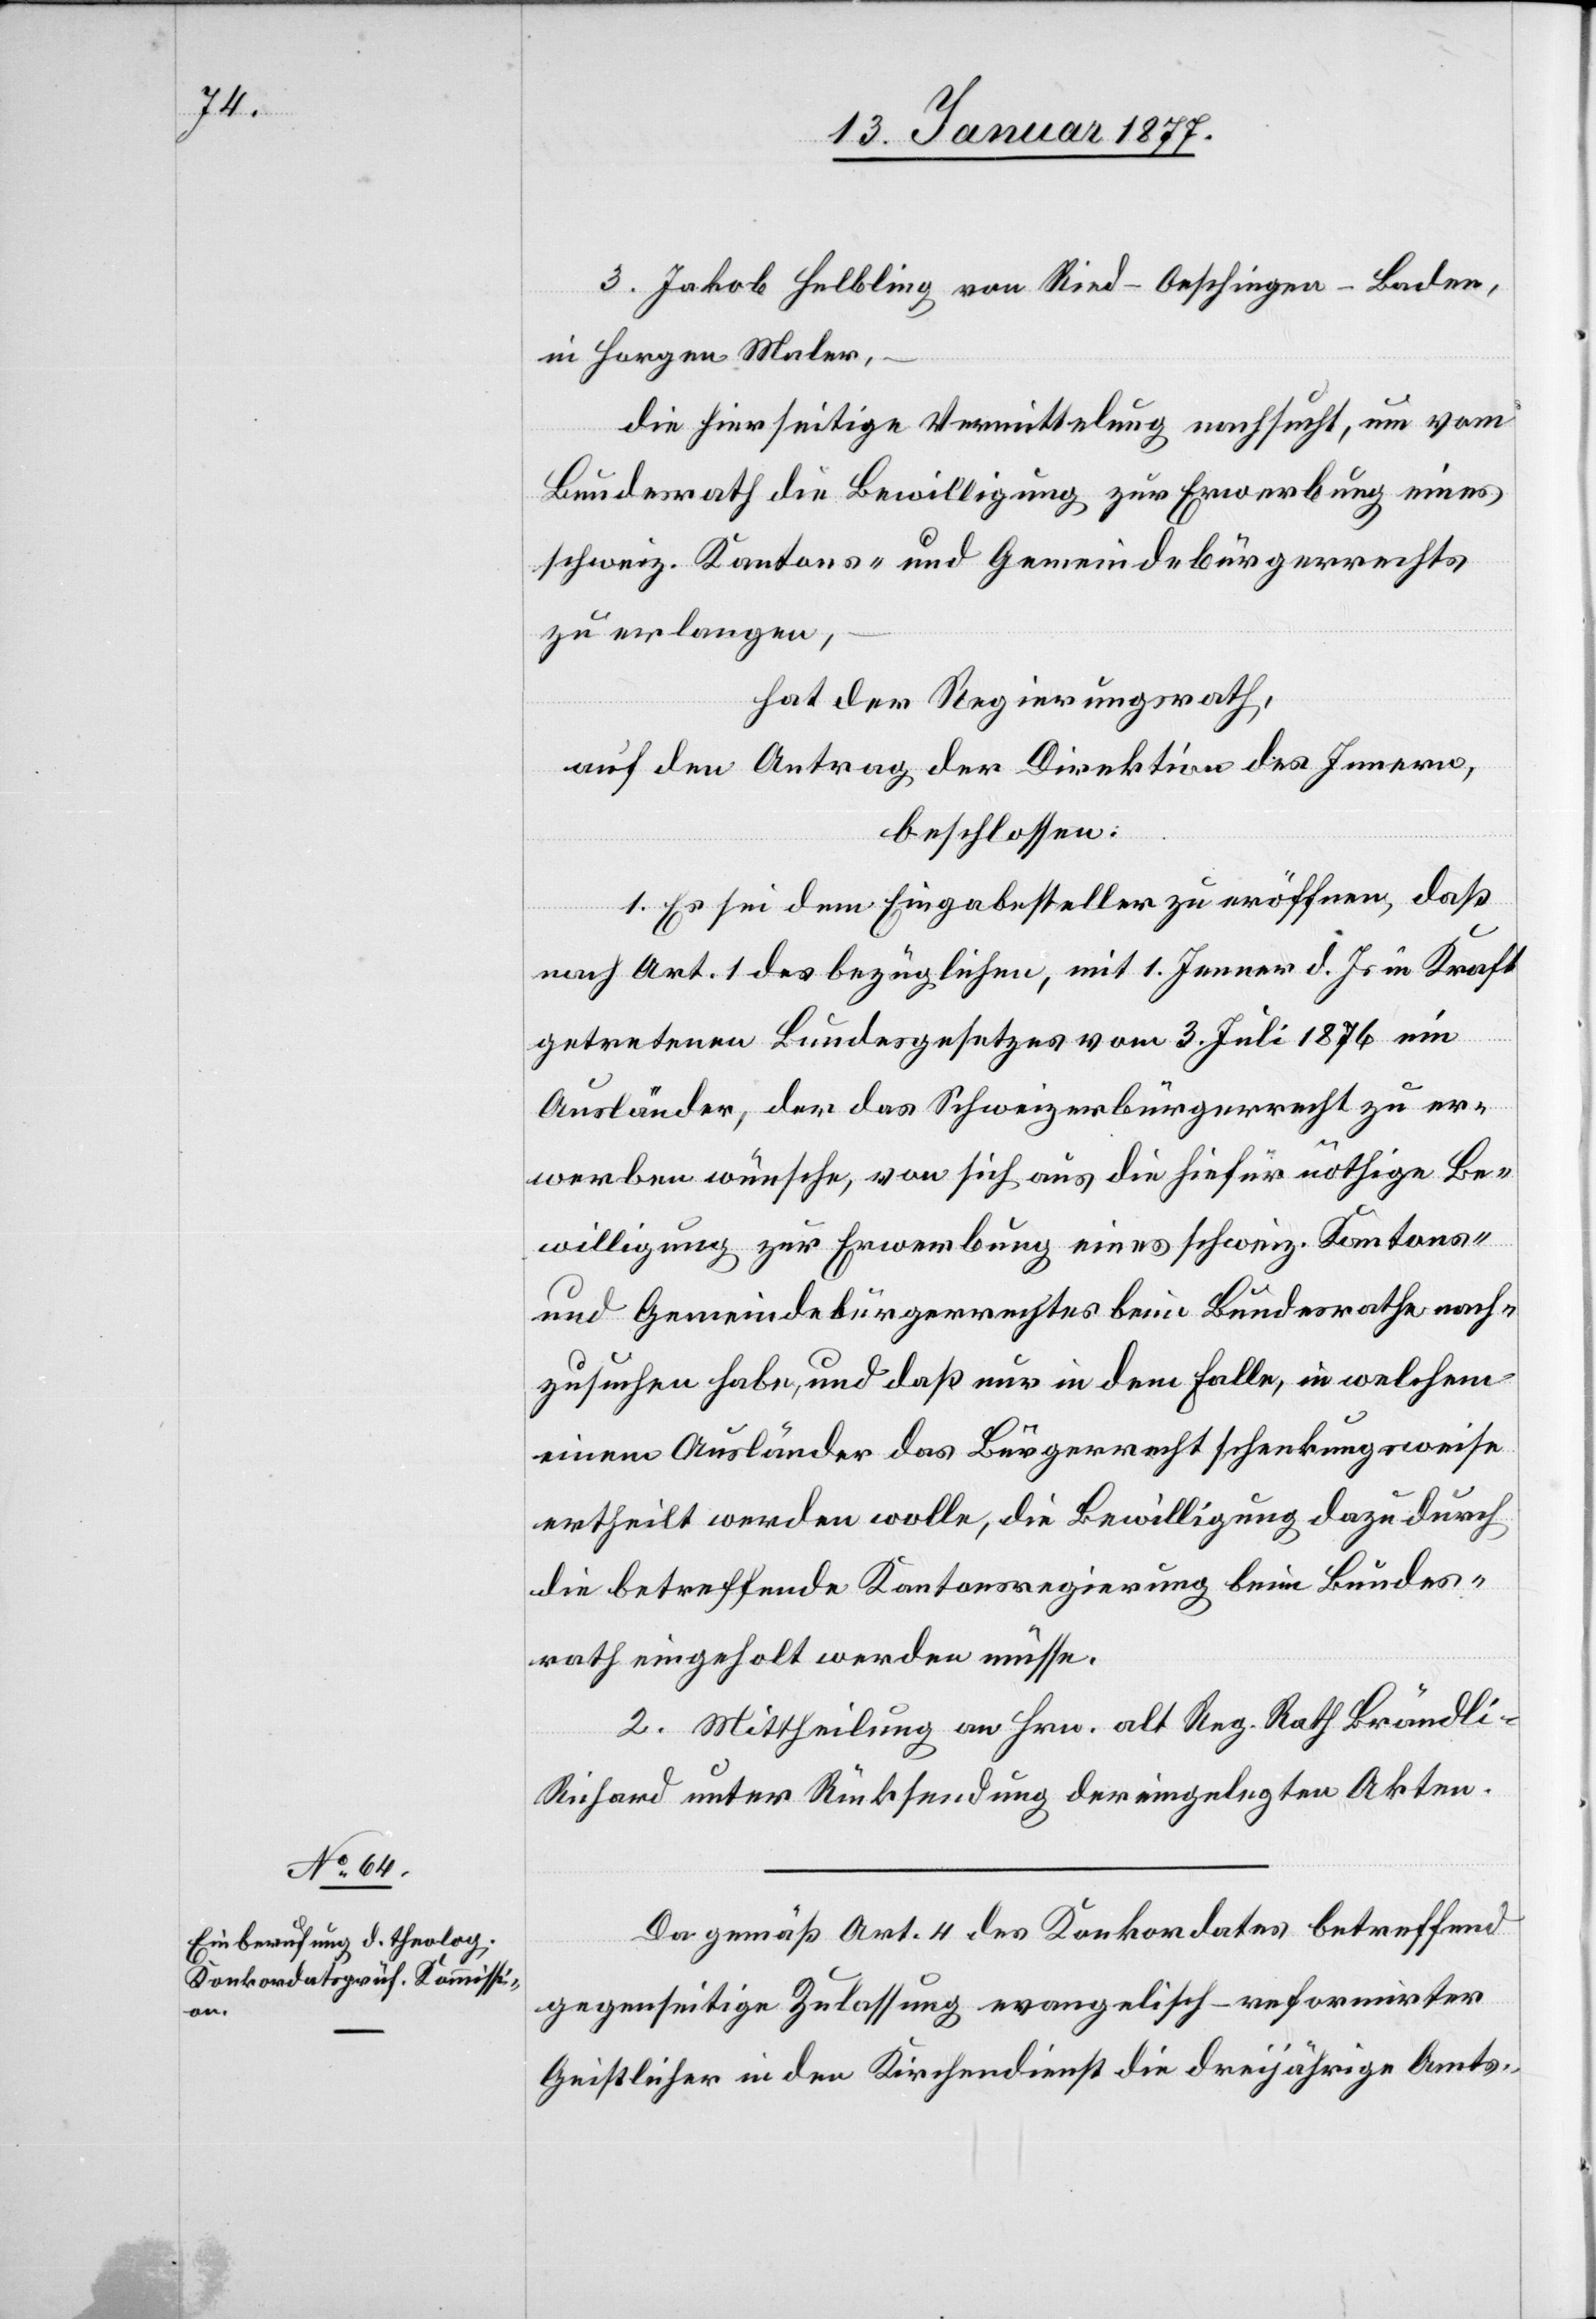
13. Januar 1877.]
3. Jakob Helbling von Ried-Oeschingen - Baden,
in Horgen Maler,
die hierseitige Vermittelung ersucht, um vom
Bundesrath die Bewilligung zur Erwerbung eines
schweiz. Kantons- und Gemeindebürgerrechts
zu erlangen,
hat der Regierungsrath,
auf den Antrag der Direktion des Innern,
beschlossen:
1. Es sei dem Eingabesteller zu eröffnen, daß
nach Art. 1 des bezüglichen, mit 1. Januar d. Js. in Kraft
getretenen Bundesgesetzes vom 3. Juli 1876 ein
Ausländer, der das Schweizerbürgerrecht zu er¬
werben wünsche, von sich aus die hiefür nöthige Be¬
willigung zur Erwerbung eines schweiz. Kantons-
und Gemeindebürgerrechtes beim Bundesrathe nach¬
zusuchen habe, und daß nur in dem Falle, in welchem
einem Ausländer das Bürgerrecht schenkungsweise
ertheilt werden wolle, die Bewilligung dazu durch
die betreffende Kantonsregierung beim Bundes¬
rath eingeholt werden müsse.
2. Mittheilung an Hrn. alt Reg. Rath Brändli-R¬
ichard unter Rücksendung der eingelegten Akten.
Da gemäß Art. 4 des Konkordates betreffend
gegenseitige Zulassung evangelisch-reformirter
Geistlicher in den Kirchendienst die dreijährige Amts-